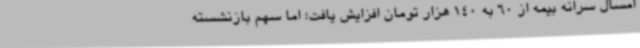
امسال سرانه بیمه از 60 به 140 هزار تومان افزایش یافت؛ اما سهم بازنشسته